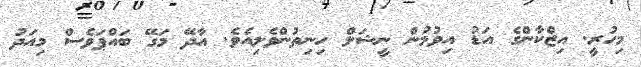
މިހުރީ. އިޒްކާންގެ އަޑު އިވުމުން ނީޝަލް ހިނިތުންވެލިއެވެ. އާދޭ މަގޭ ބައްޕަވެސް މިއަދު